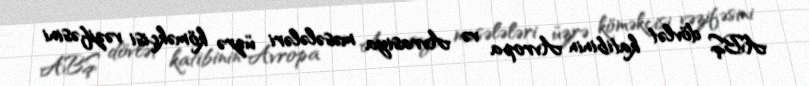
ABŞ dövlət katibinin Avropa və Avrasiya məsələləri üzrə köməkçisi vəzifəsini